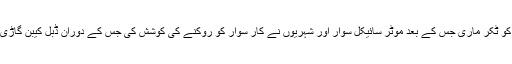
عینی شاہدین کے مطابق کار سوار نے موٹر سائیکل کو ٹکر ماری جس کے بعد موٹر سائیکل سوار اور شہریوں نے کار سوار کو روکنے کی کوشش کی جس کے دوران ڈبل کیبن گاڑی بھی کار سوار کی مدد کے لیے پیچھے سے آپہنچی۔